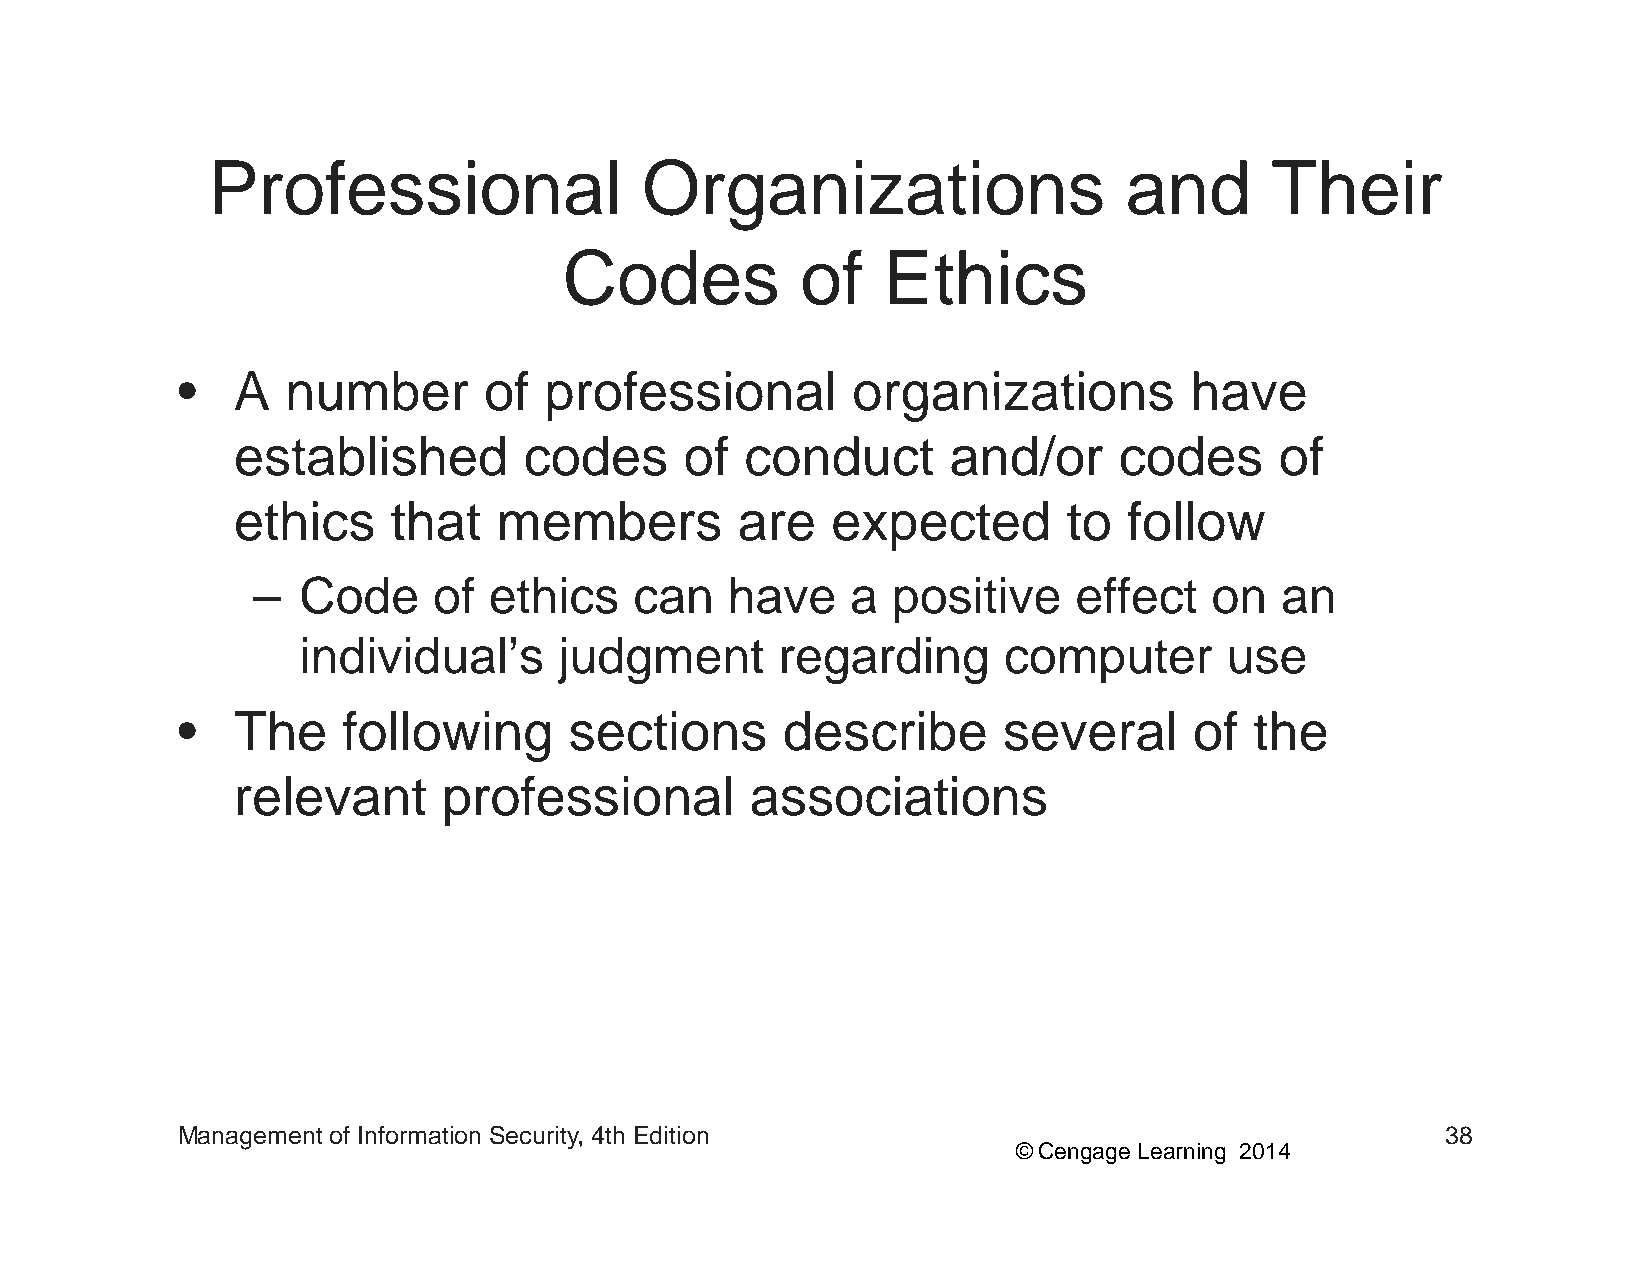
Professional                Organizations                   and       Their
 Codes           of   Ethics
 •• AA  nnuummbbeerr ooff pprrooffeessssiioonnaall oorrggaanniizzaattiioonnss hhaavvee
 established         codes     of  conduct       and/or     codes      of
 ethics     that   members         are   expected        to  follow
 –  Code     of ethics    can   have    a  positive    effect   on   an
 individual’s     judgment       regarding     computer       use
 •  TThhe   ffollllowiing  secttiions    ddescriibbe   severall     off tthhe
 relevant      professional         associations
 Management of Information Security, 4th Edition                                     38
 © Cengage Learning 2014